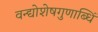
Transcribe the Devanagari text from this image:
वन्द्योशेषगुणाब्धिं